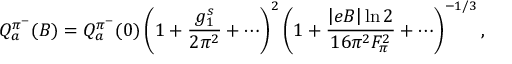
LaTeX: { \cal Q } _ { a } ^ { \pi ^ { - } } ( B ) = { \cal Q } _ { a } ^ { \pi ^ { - } } ( 0 ) \left( 1 + { \frac { g _ { 1 } ^ { s } } { 2 \pi ^ { 2 } } } + \cdots \right) ^ { 2 } \left( 1 + { \frac { \left| e B \right| \ln 2 } { 1 6 \pi ^ { 2 } F _ { \pi } ^ { 2 } } } + \cdots \right) ^ { - 1 / 3 } ,